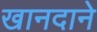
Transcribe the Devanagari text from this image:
खानदाने